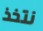
نتخذ